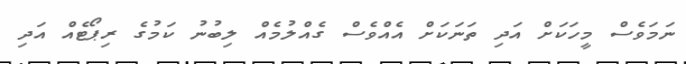
ނަމަވެސް މީހަކަށް އަދި ތަނަކަށް އެއްވެސް ގެއްލުމެއް ލިބުނު ކަމުގެ ރިޕޯޓެއް އަދި